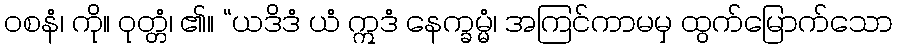
ဝစနံ၊ ကို။ ဝုတ္တံ၊ ၏။ “ယဒိဒံ ယံ ဣဒံ နေက္ခမ္မံ၊ အကြင်ကာမမှ ထွက်မြောက်သော